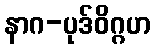
နာဂ-ပုဒ်ဝိဂ္ဂဟ